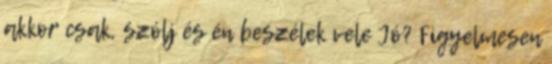
akkor csak, szólj és én beszélek vele Jó? Figyelmesen